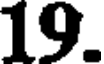
19.